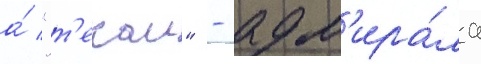
а́ "т'екаи" - адм'ира́ла